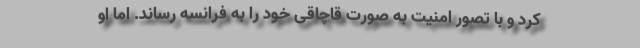
کرد و با تصور امنیت به صورت قاچاقی خود را به فرانسه رساند. اما او